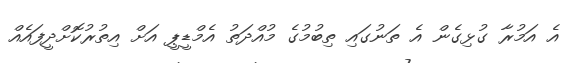
އެ އަމުރާ ގުޅިގެން އެ ތަނުގައި ތިބުމުގެ މުއްދަތު އެމްޑީޕީ އަށް އިތުރުކޮށްދީފައެއް